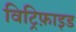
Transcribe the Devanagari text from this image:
विट्रिफ़ाइड